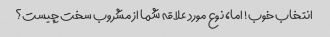
انتخاب خوب! اما، نوع مورد علاقه شما از مشروب سخت چیست؟